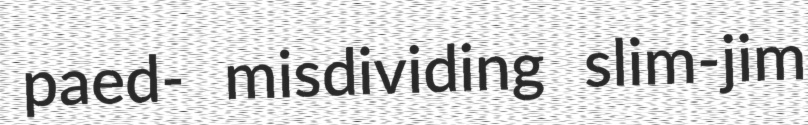
paed- misdividing slim-jim